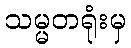
သမ္မတရုံးမှ